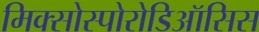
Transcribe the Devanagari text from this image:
मिक्सोस्पोरोडिऑसिस